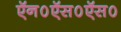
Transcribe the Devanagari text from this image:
ऍन०ऍस०ऍस०